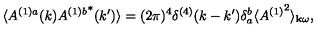
\langle A ^ { ( 1 ) a } ( k ) { A ^ { ( 1 ) b } } ^ { * } ( k ^ { \prime } ) \rangle = ( 2 \pi ) ^ { 4 } \delta ^ { ( 4 ) } ( k - k ^ { \prime } ) \delta _ { a } ^ { b } \langle { A ^ { ( 1 ) } } ^ { 2 } \rangle _ { { \bf k } \omega } ,